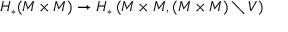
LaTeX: H _ { * } ( M \times M ) \to H _ { * } \left( M \times M , ( M \times M ) \setminus V \right)